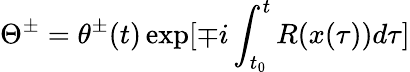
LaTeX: \Theta^{\pm}=\theta^{\pm}(t)\exp[\mp i\int_{t_{0}}^{t}R(x(\tau))d\tau]